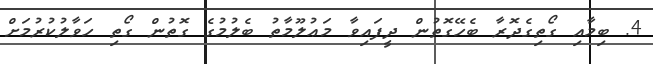
4. ބިމާއި ގޯތިގެދޮރާ ބެހޭގޮތުން ދީފައިވާ މަޢުލޫމާތު ބެލުމުގެ ގޮތުން ގޯތި ހަވާލުކުރުމަށް